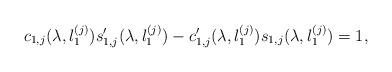
LaTeX: \begin{align*}c_{1,j}(\lambda,l_1^{(j)})s_{1,j}^{\prime}(\lambda, l_1^{(j)})-c_{1,j}^{\prime}(\lambda, l_1^{(j)})s_{1,j}(\lambda,l_1^{(j)})=1,\end{align*}